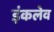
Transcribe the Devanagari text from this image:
इंकलेव